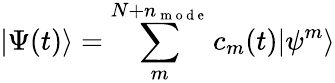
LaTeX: |\Psi(t)\rangle=\sum_{m}^{N+n_{\mathrm{~m~o~d~e~}}}c_{m}(t)|\psi^{m}\rangle